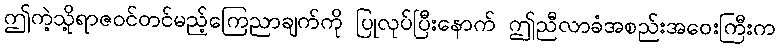
ဤကဲ့သို့ရာဇဝင်တင်မည့်ကြေညာချက်ကို ပြုလုပ်ပြီးနောက် ဤညီလာခံအစည်းအဝေးကြီးက